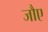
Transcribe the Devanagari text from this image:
जौए